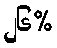
၂၆%